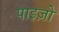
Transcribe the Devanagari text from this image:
पाइज़ो